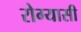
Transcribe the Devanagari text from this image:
रोग्यासी